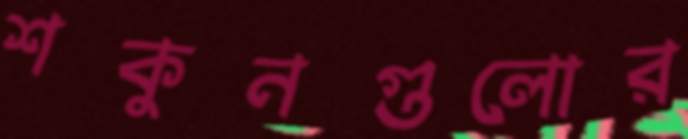
শকুনগুলোর